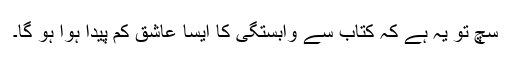
سچ تو یہ ہے کہ کتاب سے وابستگی کا ایسا عاشق کم پیدا ہوا ہو گا۔